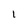
Character: l